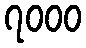
၇၀၀၀